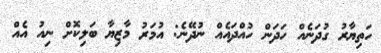
ހަތިޔާރު ގުދަނެއް ހަދަން ހުއްދައެއް ނުދޭނެ: އުމަރު މާޒިޔާ ބަލިކޮށް ނިއު އެއް